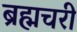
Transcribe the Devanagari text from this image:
ब्रह्मचरी